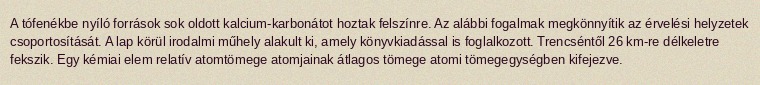
A tófenékbe nyíló források sok oldott kalcium-karbonátot hoztak felszínre. Az alábbi fogalmak megkönnyítik az érvelési helyzetek csoportosítását. A lap körül irodalmi műhely alakult ki, amely könyvkiadással is foglalkozott. Trencséntől 26 km-re délkeletre fekszik. Egy kémiai elem relatív atomtömege atomjainak átlagos tömege atomi tömegegységben kifejezve.